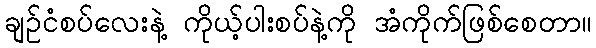
ချဉ်ငံစပ်လေးနဲ့ ကိုယ့်ပါးစပ်နဲ့ကို အံကိုက်ဖြစ်စေတာ။